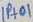
Text: IP+01